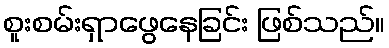
စူးစမ်းရှာဖွေနေခြင်း ဖြစ်သည်။